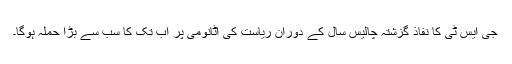
جی ایس ٹی کا نفاذ گزشتہ چالیس سال کے دوران ریاست کی اٹانومی پر اب تک کا سب سے بڑا حملہ ہوگا۔